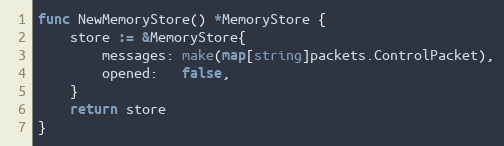
Language: Go
func NewMemoryStore() *MemoryStore {
	store := &MemoryStore{
		messages: make(map[string]packets.ControlPacket),
		opened:   false,
	}
	return store
}